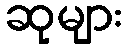
ဆုများ